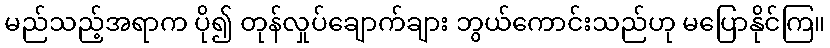
မည်သည့်အရာက ပို၍ တုန်လှုပ်ချောက်ချား ဘွယ်ကောင်းသည်ဟု မပြောနိုင်ကြ။